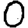
Digit: 0